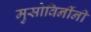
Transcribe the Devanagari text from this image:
मुसोविनींनी